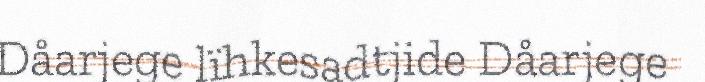
Dåarjege lïhkesadtjide Dåarjege